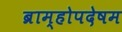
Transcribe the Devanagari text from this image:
ब्राम्होपदेषम